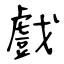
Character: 戲